Plague in India, 1896, 1897 - Volume 3
Year: 1896
Disease focus: Plague
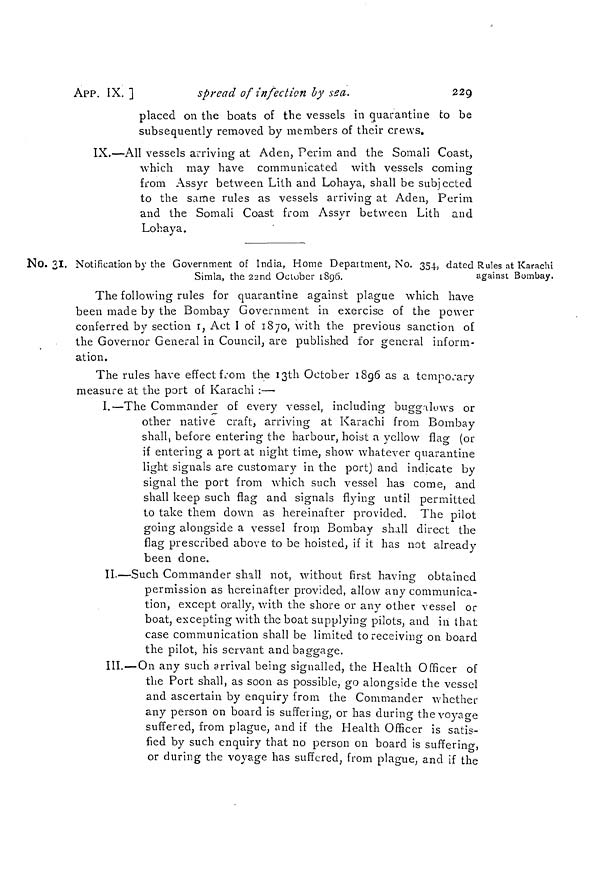
229
APP. IX.
]
spread of infection by sea.
placed on the boats of the vessels in quarantine to be
subsequently removed by members of their crews.
IX.—All vessels arriving at Aden, Perim and the Somali Coast,
which may have communicated with vessels coming
from Assyr between Lith and Lohaya, shall be subjected
to the same rules as vessels arriving at Aden, Perim
and the Somali Coast from Assyr between Lith and
Lohaya.
No. 31.
Rules at Karachi
against Bombay.
Notification by the Government of India, Home Department, No. 354., dated
Simla, the 22nd October 1896.
The following rules for quarantine against plague which have
been made by the Bombay Government in exercise of the power
conferred by section 1, Act I of 1870, with the previous sanction of
the Governor General in Council, are published for general inform-
ation.
The rules have effect from the 13th October 1896 as a temporary
measure at the port of Karachi :—
I.—The Commander of every vessel, including buggalows or
other native craft, arriving at Karachi from Bombay
shall, before entering the harbour, hoist a yellow flag (or
if entering a port at night time, show whatever quarantine
light signals are customary in the port) and indicate by
signal the port from which such vessel has come, and
shall keep such flag and signals flying until permitted
to take them down as hereinafter provided. The pilot
going alongside a vessel frorn Bombay shall direct the
flag prescribed above to be hoisted, if it has not already
been done.
II.—Such Commander shall not, without first having obtained
permission as hereinafter provided, allow any communica-
tion, except orally, with the shore or any other vessel or
boat, excepting with the boat supplying pilots, and in that
case communication shall be limited to receiving on board
the pilot, his servant and baggage.
III.—On any such arrival being signalled, the Health Officer of
the Port shall, as soon as possible, go alongside the vessel
and ascertain by enquiry from the Commander whether
any person on board is suffering, or has during the voyage
suffered, from plague, and if the Health Officer is satis-
fied by such enquiry that no person on board is suffering,
or during the voyage has suffered, from plague, and if the